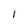
Character: 1